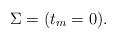
LaTeX: \begin{align*}\Sigma= (t_m= 0).\end{align*}